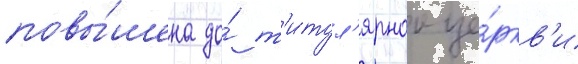
повы́шена до́ т'итул'ярнои це́ркв'и